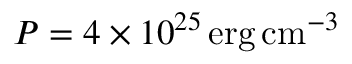
P = 4 \times 1 0 ^ { 2 5 } \, \mathrm { e r g } \, \mathrm { c m } ^ { - 3 }